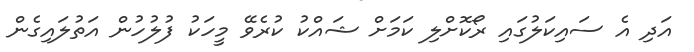
އަދި އެ ސައިކަލުގައި ރޯކޮށްލި ކަމަށް ޝައްކު ކުރެވޭ މީހަކު ފުލުހުން އަތުލައިގެން